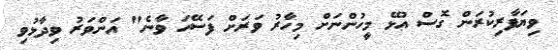
ވިޔަފާރިކުރަން ގޮސް އުޅޭ މީހުންނަށް މިހާރު ވަރަށް ފަސޭހަ ވާނެ" އަންވަރު ވިދާޅުވި